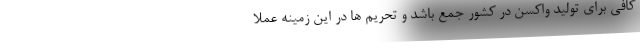
کافی برای تولید واکسن در کشور جمع باشد و تحریم ها در این زمینه عملا